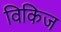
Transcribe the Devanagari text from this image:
विकिज